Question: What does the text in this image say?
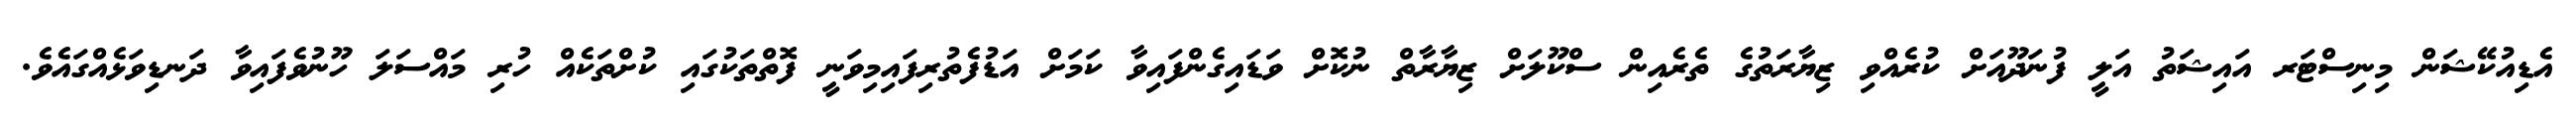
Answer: އެޑިއުކޭޝަން މިނިސްޓަރ އައިޝަތު އަލީ ފުނަދޫއަށް ކުރެއްވި ޒިޔާރަތުގެ ތެރެއިން ސްކޫލަށް ޒިޔާރާތް ނުކޮށް ވަޑައިގެންފައިވާ ކަމަށް އަޑުފެތުރިފައިމިވަނީ ފޮތްތަކުގައި ކުށްތަކެއް ހުރި މައްސަލަ ހޫނުވެފައިވާ ދަނޑިވަޅެއްގައެވެ.